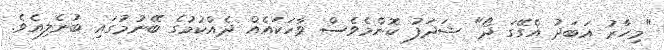
"މިހާރު އަބަދު އެގޭގަ ދޯ" ޝަދަފު ކޮންމެވެސް ވާހަކައެއް ދެއްކުމުގެ ބޭނުމުގައި ބުނެލިއެވެ.